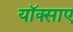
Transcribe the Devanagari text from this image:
यॉक्साए